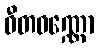
ဝီတဝဏ္ဏော